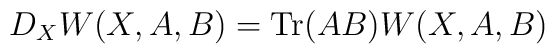
D_{X}W(X,A,B)=\mbox{Tr}(AB)W(X,A,B)